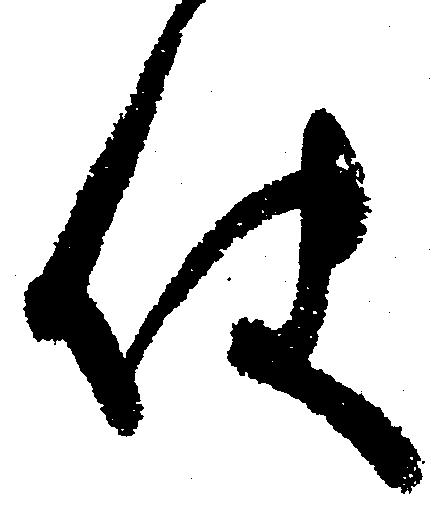
使